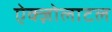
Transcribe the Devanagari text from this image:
ऐक्ज़ोलाटल